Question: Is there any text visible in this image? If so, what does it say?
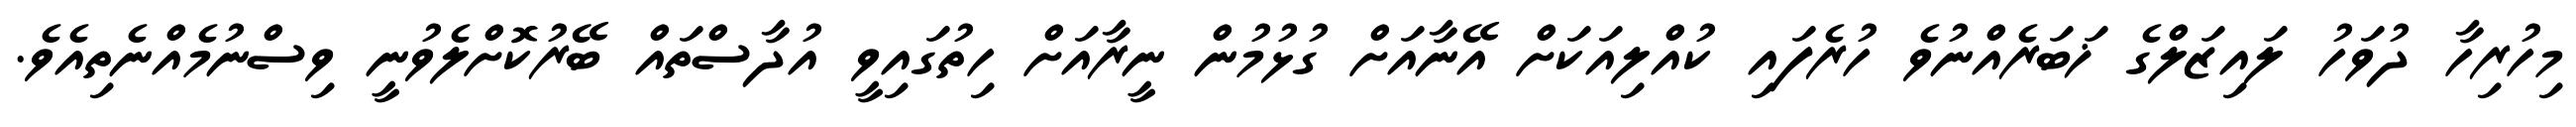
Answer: މިހުރިހާ ދުވަހު ލައިޒަލްގެ ޚަބަރެއްނުވެ ހުރެފައި ކުއްލިއަކަށް އޭނާއަށް ގުޅުމުން ނީރާއަށް ހިތުގައިވީ އުދާސްތައް ބޭރުކޮށްލެވުނީ ވިސްނުމެއްނެތިއެވެ.